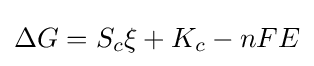
\Delta G=S_{c}\xi +K_{c}-nFE